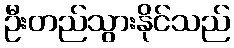
ဦးတည်သွားနိုင်သည်